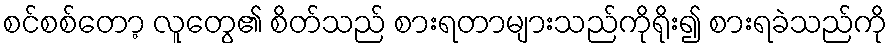
စင်စစ်တော့ လူတွေ၏ စိတ်သည် စားရတာများသည်ကိုရိုး၍ စားရခဲသည်ကို